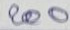
200